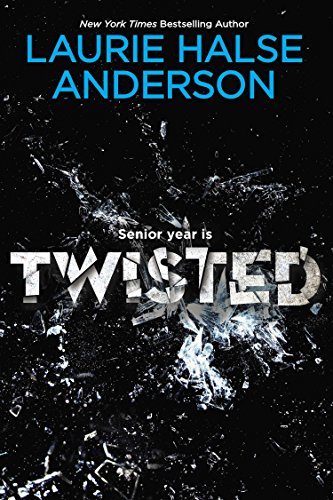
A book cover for Twisted; Laurie Halse Anderson; Teen & Young Adult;